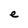
Character: e